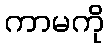
ကာမကို